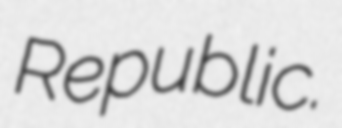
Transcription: Republic.